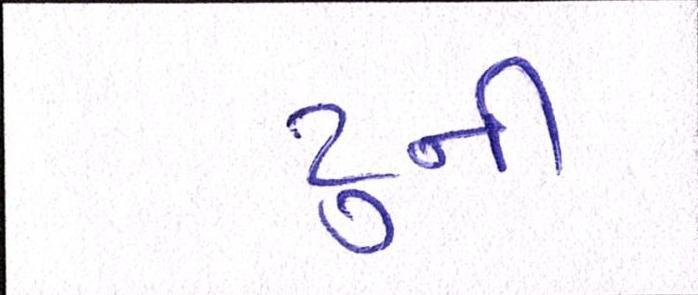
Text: ટુની